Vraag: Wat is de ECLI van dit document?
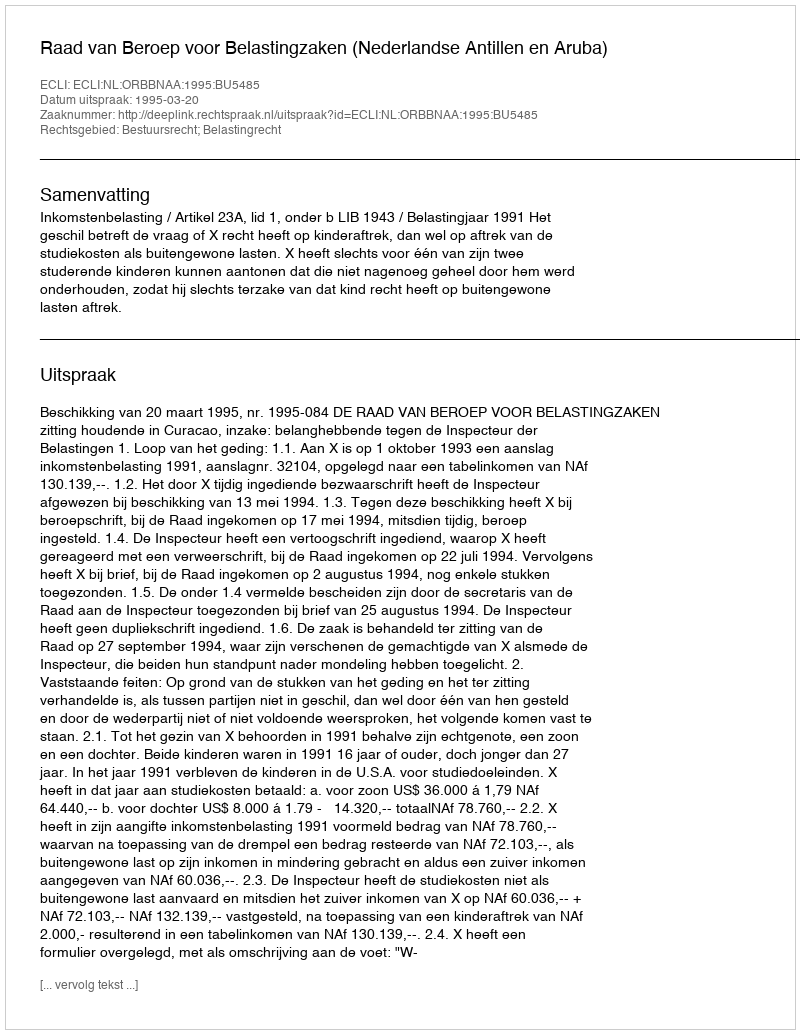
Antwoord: ECLI:NL:ORBBNAA:1995:BU5485